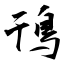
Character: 鳱